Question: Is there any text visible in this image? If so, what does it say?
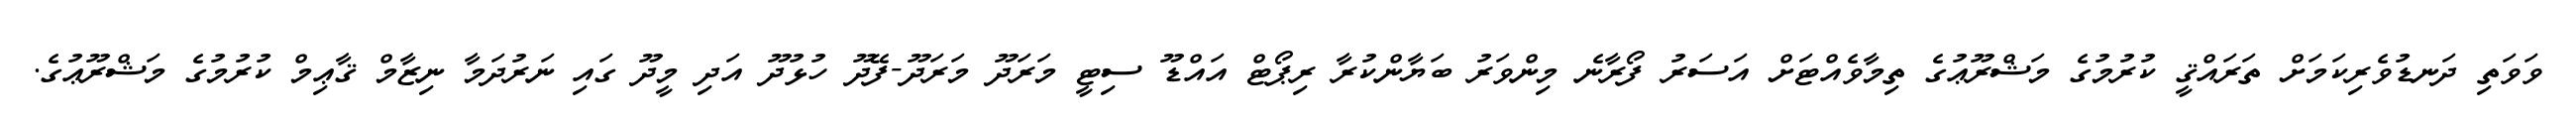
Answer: ވަވަތި ދަނޑުވެރިކަމަށް ތަރައްޤީ ކުރުމުގެ މަޝްރޫޢުގެ ތިމާވެއްޓަށް އަސަރު ފޯރާނެ މިންވަރު ބަޔާންކުރާ ރިޕޯޓް އައްޑޫ ސިޓީ މަރަދޫ މަރަދޫ-ފޭދޫ ހުޅުދޫ އަދި މީދޫ ގައި ނަރުދަމާ ނިޒާމް ޤާޢިމް ކުރުމުގެ މަޝްރޫޢުގެ.